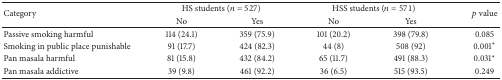
<table><thead><tr><td rowspan="2"><b>Category</b></td><td colspan="2"><b> HS students (<i>n</i> = 527)</b></td><td colspan="2"><b> HSS students (<i>n</i> = 571)</b></td><td rowspan="2"><b><i>p</i> value</b></td></tr><tr><td><b>No</b></td><td><b>Yes</b></td><td><b>No</b></td><td><b>Yes</b></td></tr></thead><tbody><tr><td>Passive smoking harmful</td><td>114 (24.1)</td><td>359 (75.9)</td><td>101 (20.2)</td><td>398 (79.8)</td><td>0.085</td></tr><tr><td>Smoking in public place punishable </td><td>91 (17.7)</td><td>424 (82.3)</td><td>44 (8)</td><td>508 (92)</td><td>0.001<sup><i>∗</i></sup></td></tr><tr><td>Pan masala harmful </td><td>81 (15.8)</td><td>432 (84.2)</td><td>65 (11.7)</td><td>491 (88.3)</td><td>0.031<sup><i>∗</i></sup></td></tr><tr><td>Pan masala addictive</td><td>39 (9.8)</td><td>461 (92.2)</td><td>36 (6.5)</td><td>515 (93.5)</td><td>0.249</td></tr></tbody></table>